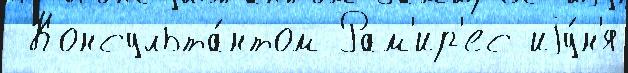
 Консульта́нтом Рам'ир'ес иjу́н'я